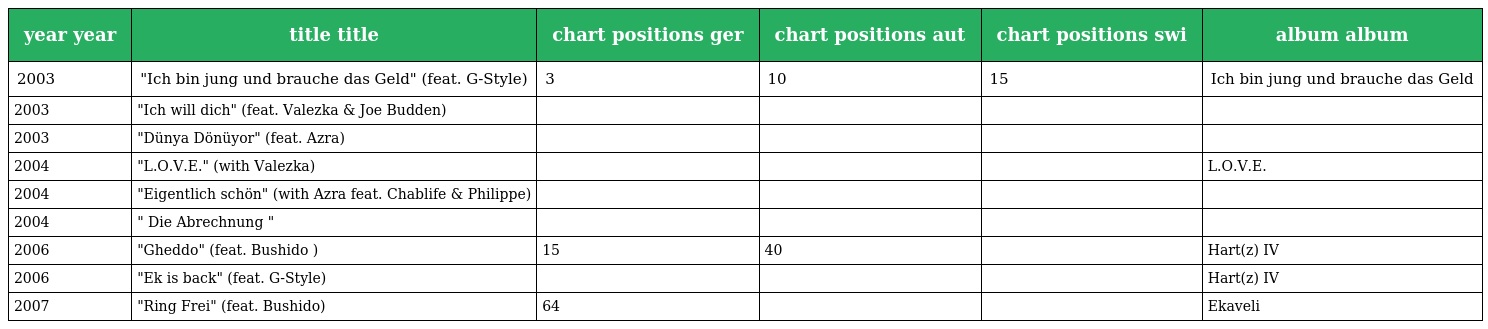
| year year | title title | chart positions ger | chart positions aut | chart positions swi | album album |
 | --- | --- | --- | --- | --- | --- |
 | 2003 | "Ich bin jung und brauche das Geld" (feat. G-Style) | 3 | 10 | 15 | Ich bin jung und brauche das Geld |
 | 2003 | "Ich will dich" (feat. Valezka & Joe Budden) |  |  |  |  |
 | 2003 | "Dünya Dönüyor" (feat. Azra) |  |  |  |  |
 | 2004 | "L.O.V.E." (with Valezka) |  |  |  | L.O.V.E. |
 | 2004 | "Eigentlich schön" (with Azra feat. Chablife & Philippe) |  |  |  |  |
 | 2004 | " Die Abrechnung " |  |  |  |  |
 | 2006 | "Gheddo" (feat. Bushido ) | 15 | 40 |  | Hart(z) IV |
 | 2006 | "Ek is back" (feat. G-Style) |  |  |  | Hart(z) IV |
 | 2007 | "Ring Frei" (feat. Bushido) | 64 |  |  | Ekaveli |